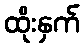
ထိုးနှက်